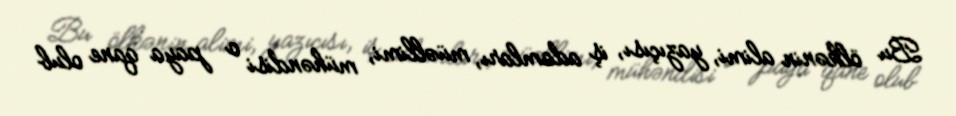
Bu ölkənin alimi, yazıçısı, iş adamları, müəllimi, mühəndisi o paya qane olub